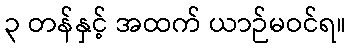
၃ တန်နှင့် အထက် ယာဉ်မဝင်ရ။